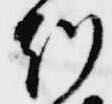
刻